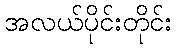
အလယ်ပိုင်းတိုင်း